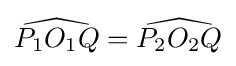
{\widehat {P_{1}O_{1}Q}}={\widehat {P_{2}O_{2}Q}}